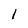
Character: 1